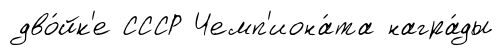
дво́йк'е СССР Чемп'иона́та награ́ды